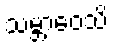
သမ္ဘာဝေသိ